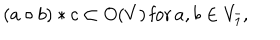
LaTeX: ( a \circ b ) * c \subset O ( V ) \, \mathrm { f o r } \, a , b \in V _ { \bar { 1 } } ,